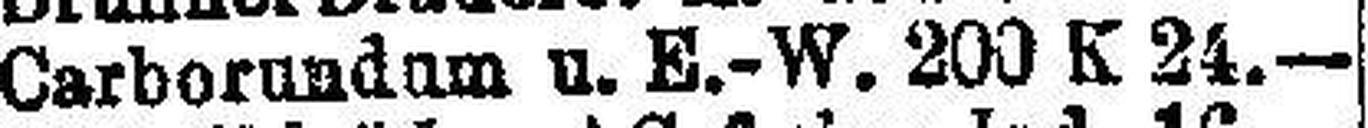
Carborundum u. E.-W. 200 K 24.—